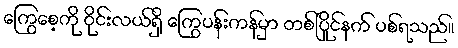
ကြွေစေ့ကို ဝိုင်းလယ်ရှိ ကြွေပန်းကန်မှာ တစ်ပြိုင်နက် ပစ်ရသည်။